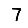
Digit: 7